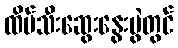
ထိပ်သီးဆွေးနွေးပွဲတွင်